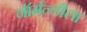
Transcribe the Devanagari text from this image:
नॉर्मन्डीला